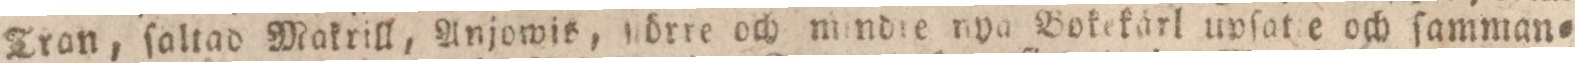
Tran, ſaltad Makrill, Anjowis, ſiörre och mindre nya Bokekärl upſat e och ſamman=